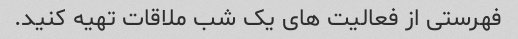
فهرستی از فعالیت های یک شب ملاقات تهیه کنید.